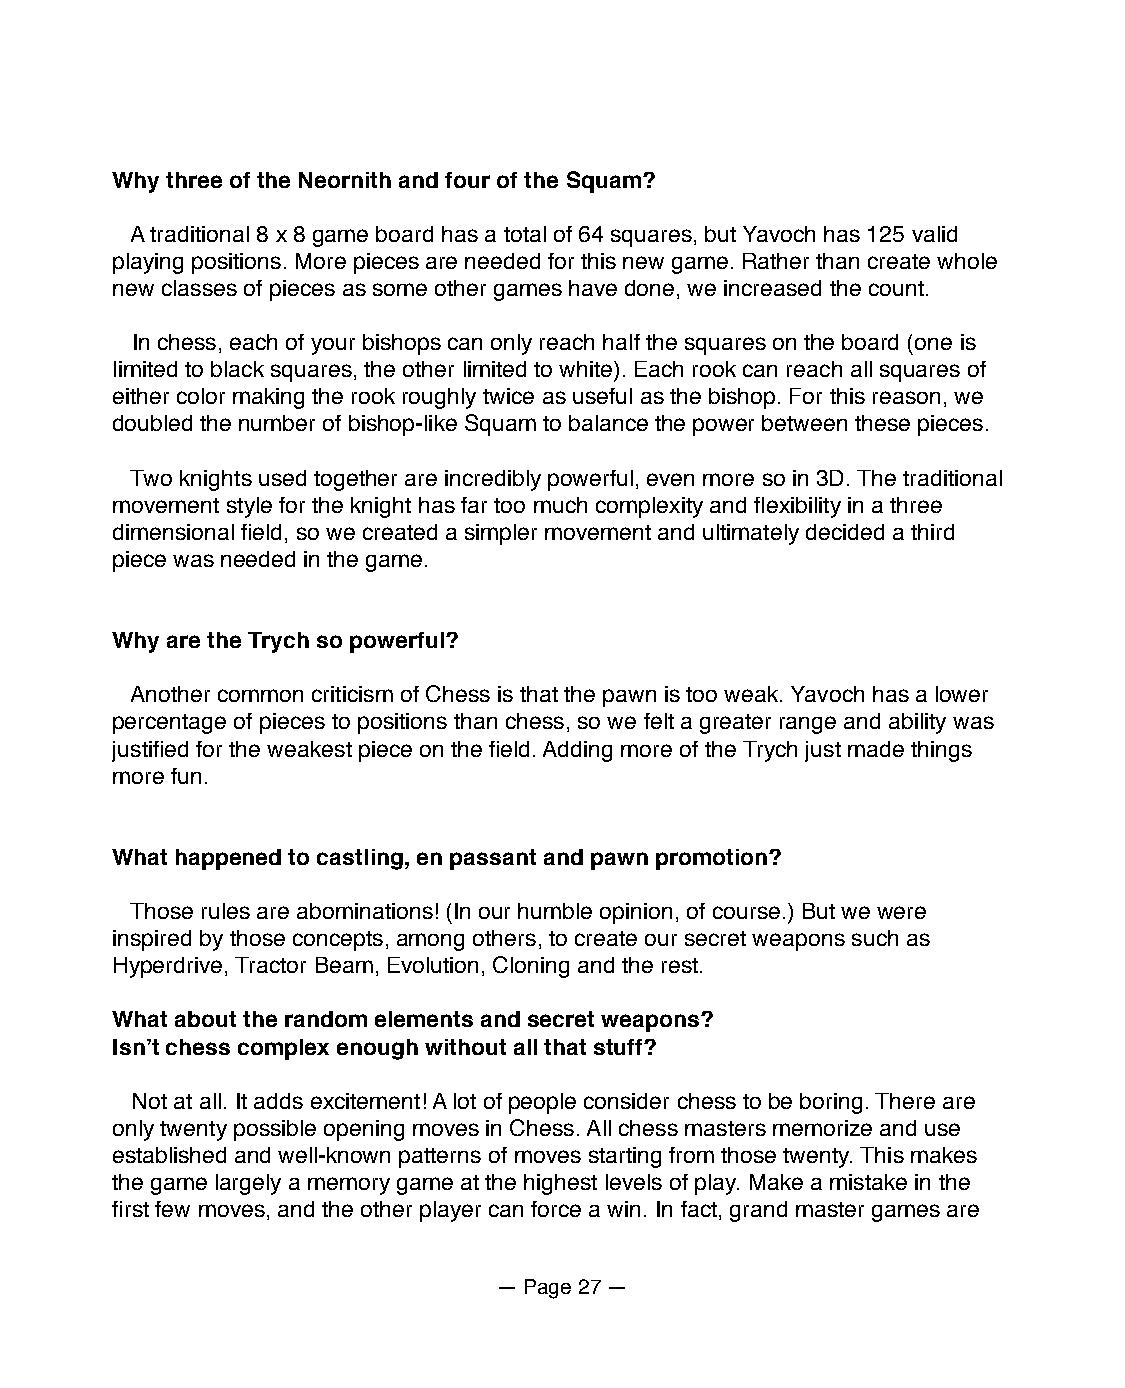
Why three of the Neornith and four of the Squam?
 A traditional 8 x 8 game board has a total of 64 squares, but Yavoch has 125 valid
 playing positions. More pieces are needed for this new game. Rather than create whole
 new classes of pieces as some other games have done, we increased the count.
 In chess, each of your bishops can only reach half the squares on the board (one is
 limited to black squares, the other limited to white). Each rook can reach all squares of
 either color making the rook roughly twice as useful as the bishop. For this reason, we
 doubled the number of bishop-like Squam to balance the power between these pieces.
 Two knights used together are incredibly powerful, even more so in 3D. The traditional
 movement style for the knight has far too much complexity and flexibility in a three
 dimensional field, so we created a simpler movement and ultimately decided a third
 piece was needed in the game.
 Why are the Trych so powerful?
 Another common criticism of Chess is that the pawn is too weak. Yavoch has a lower
 percentage of pieces to positions than chess, so we felt a greater range and ability was
 justified for the weakest piece on the field. Adding more of the Trych just made things
 more fun.
 What happened to castling, en passant and pawn promotion?
 Those rules are abominations! (In our humble opinion, of course.) But we were
 inspired by those concepts, among others, to create our secret weapons such as
 Hyperdrive, Tractor Beam, Evolution, Cloning and the rest.
 What about the random elements and secret weapons?
 Isnʼt chess complex enough without all that stuff?
 Not at all. It adds excitement! A lot of people consider chess to be boring. There are
 only twenty possible opening moves in Chess. All chess masters memorize and use
 established and well-known patterns of moves starting from those twenty. This makes
 the game largely a memory game at the highest levels of play. Make a mistake in the
 first few moves, and the other player can force a win. In fact, grand master games are
 — Page 27 —